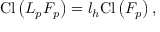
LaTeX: \mathrm { C l } \left( { \cal L } _ { p } F _ { p } \right) = l _ { h } \mathrm { C l } \left( F _ { p } \right) ,